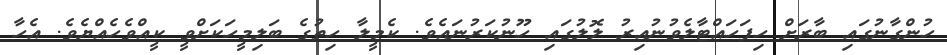
ހުންގާނުގައި ބާރަށް ހިފަހައްޓާލެވުނުއިރު ލޮލުގައި ހޫނުކަރުނައެވެ. ކެމީލާ ހިތުގެ ބަލިމީހަކަށްވީ ކީއްވެހެއްޔެވެ. އެހާ